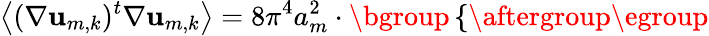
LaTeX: \bigl\langle(\nabla\mathbf{u}_{m,k})^{t}\nabla\mathbf{u}_{m,k}\bigr\rangle=8\pi^{4}a_{m}^{2}\cdot\mathopen{}\mathclose\bgroup\left\{ \begin{array}{rlrl}\end{array}\aftergroup\egroup\right.